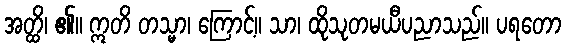
အတ္ထိ၊ ၏။ ဣတိ တသ္မာ၊ ကြောင့်။ သာ၊ ထိုသုတမယီပညာသည်။ ပရတော